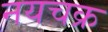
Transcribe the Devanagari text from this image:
नयचक्र